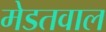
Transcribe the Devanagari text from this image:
मेडतवाल